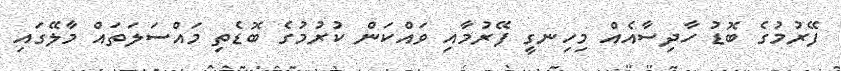
ފޭރުމުގެ ބޮޑު ހާދިސާއެއް މިހިނގީ ފޭރުމާއި ވައްކަން ކުރުމުގެ ބޮޑެތި މައްސަލަތައް މާލޭގައި